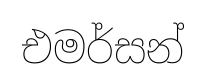
එමර්සන්